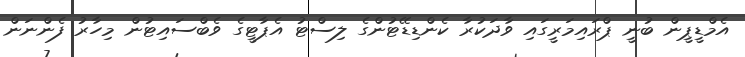
އެމްޑީޕީން ބުނީ ޕްރައިމަރީގައި ވާދަކުރާ ކެންޑިޑޭޓުންގެ ލިސްޓު އެޕާޓީގެ ވެބްސައިޓުން މިހާރު ފެންނަން